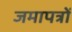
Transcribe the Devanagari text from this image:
जमापत्रों